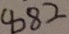
8 8 2